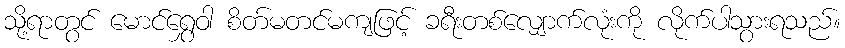
သို့ရာတွင် မောင်ရွှေဝါ စိတ်မတင်မကျဖြင့် ခရီးတစ်လျှောက်လုံးကို လိုက်ပါသွားရသည်။